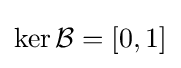
\ker {\mathcal {B}}=[0,1]